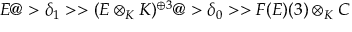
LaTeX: E @ > \delta _ { 1 } > > ( E \otimes _ { K } K ) ^ { \oplus 3 } @ > \delta _ { 0 } > > F ( E ) ( 3 ) \otimes _ { K } C